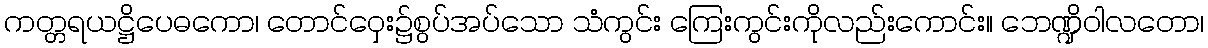
ကတ္တရယဋ္ဌိပေဓကော၊ တောင်ဝှေး၌စွပ်အပ်သော သံကွင်း ကြေးကွင်းကိုလည်းကောင်း။ ဘေဏ္ဍိဝါလတော၊